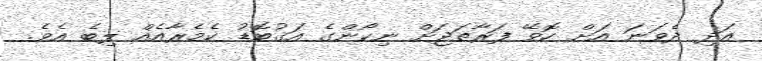
އަދި ދެވަނަ އަށް ހޮވޭ ފަރާތަޖަށް ނިކޯންގެ އަގުބޮޑު ކެމެރާއެއް ލިބެ އެވެ.